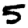
Digit: 5